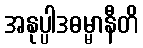
အနုပ္ပါဒဓမ္မာနီတိ